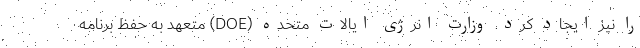
را نیز ایجاد کرد. وزارت انرژی ایالات متحده (DOE) متعهد به حفظ برنامه